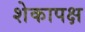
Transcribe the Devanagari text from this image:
शेकापक्ष